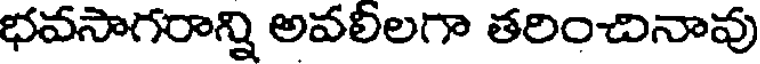
భవసాగరాన్ని అవలీలగా తరించినావు